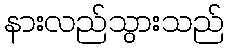
နားလည်သွားသည်